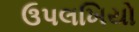
ઉપલખિયો